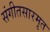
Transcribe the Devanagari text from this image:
संगीतसारमृत